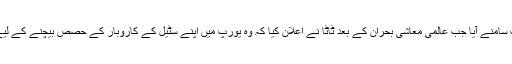
ایک اور تنازع اس وقت سامنے آیا جب عالمی معاشی بحران کے بعد ٹاٹا نے اعلان کیا کہ وہ یورپ میں اپنے سٹیل کے کاروبار کے حصص بیچنے کے لیے مذاکرات کر رہا ہے۔